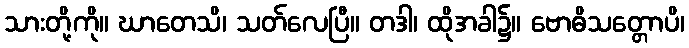
သားတို့ကို။ ဃာတေသိ၊ သတ်လေပြီ။ တဒါ၊ ထိုအခါ၌။ ဗောဓိသတ္တောပိ၊